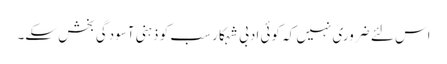
اس لئے ضروری نہیں کہ کوئی ادبی شہکار سب کو ذہنی آسودگی بخش سکے۔